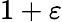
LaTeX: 1+\varepsilon